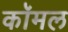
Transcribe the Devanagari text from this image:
कॉमल